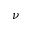
\nu